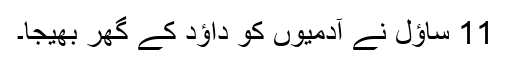
11 ساؤل نے آدمیوں کو داؤد کے گھر بھیجا۔